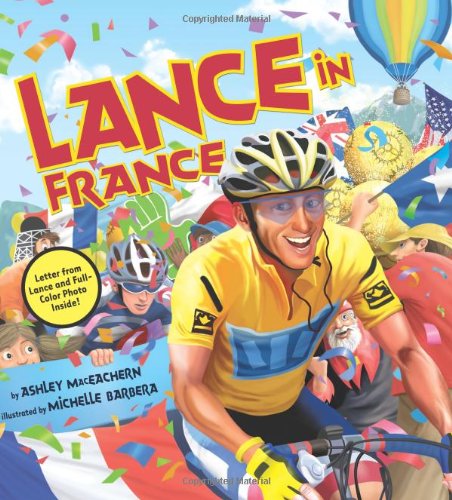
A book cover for Lance in France; Ashley Maceachern; Children's Books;